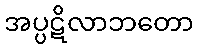
အပ္ပဋိလာဘတော